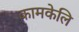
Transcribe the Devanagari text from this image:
कामकेलि